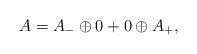
LaTeX: \begin{align*} A=A_{-}\oplus 0 + 0\oplus A_{+},\end{align*}